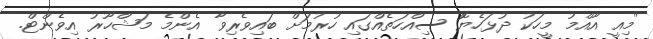
"މިއީ އާއްމު މީހަކު ދުޅަހެޔޮ ސިއްހަތެއްގައި ހުރުމަށް ބައިވެރިވާ އެންމެ މަޝްހޫރު އިވެންޓް.